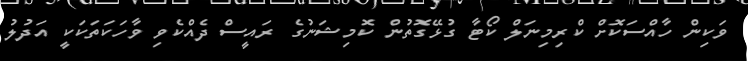
ވަކިން ހާއްސަކޮށް ކްރިމިނަލް ކޯޓާ ގުޅޭގޮތުން ކޮމިޝަނުގެ ރައީސް ދެއްކެވި ވާހަކަތަކަކީ އަދުލު